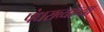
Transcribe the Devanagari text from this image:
पंधराव्याच्या